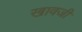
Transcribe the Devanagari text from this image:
खावजी